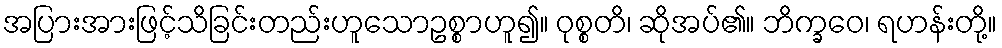
အပြားအားဖြင့်သိခြင်းတည်းဟူသောဥစ္စာဟူ၍။ ဝုစ္စတိ၊ ဆိုအပ်၏။ ဘိက္ခဝေ၊ ရဟန်းတို့။